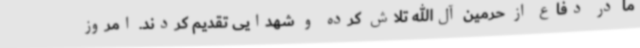
ما در دفاع از حرمین آل‌الله تلاش کرده و شهدایی تقدیم کردند. امروز